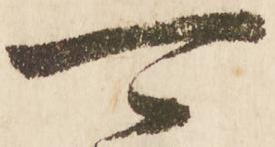
可